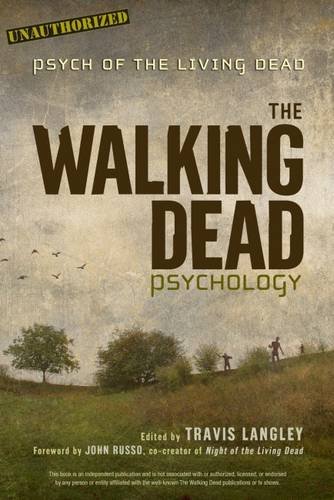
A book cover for The Walking Dead Psychology: Psych of the Living Dead; Comics & Graphic Novels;